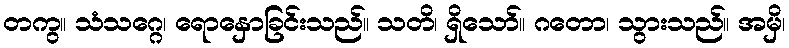
တကွ။ သံသဂ္ဂေ၊ ရောနှောခြင်းသည်။ သတိ၊ ရှိသော်။ ဂတော၊ သွားသည်။ အမှိ၊